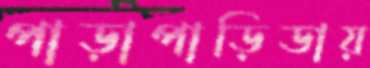
পাড়াপাড়িডায়